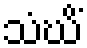
သံဃိံ